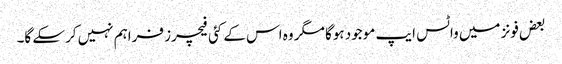
بعض فونز میں واٹس ایپ موجود ہوگا مگر وہ اس کے کئی فیچرز فراہم نہیں کرسکے گا۔